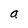
Character: a